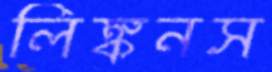
লিঙ্কনস